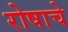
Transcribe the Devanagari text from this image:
रोषाचे